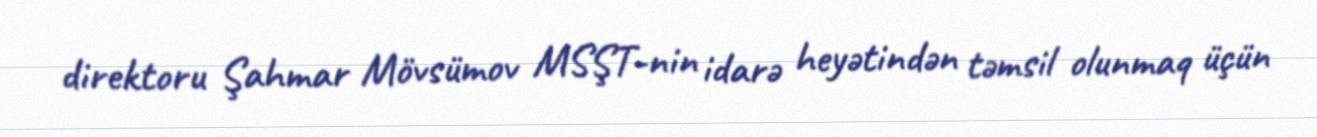
direktoru Şahmar Mövsümov MSŞT-nin idarə heyətindən təmsil olunmaq üçün